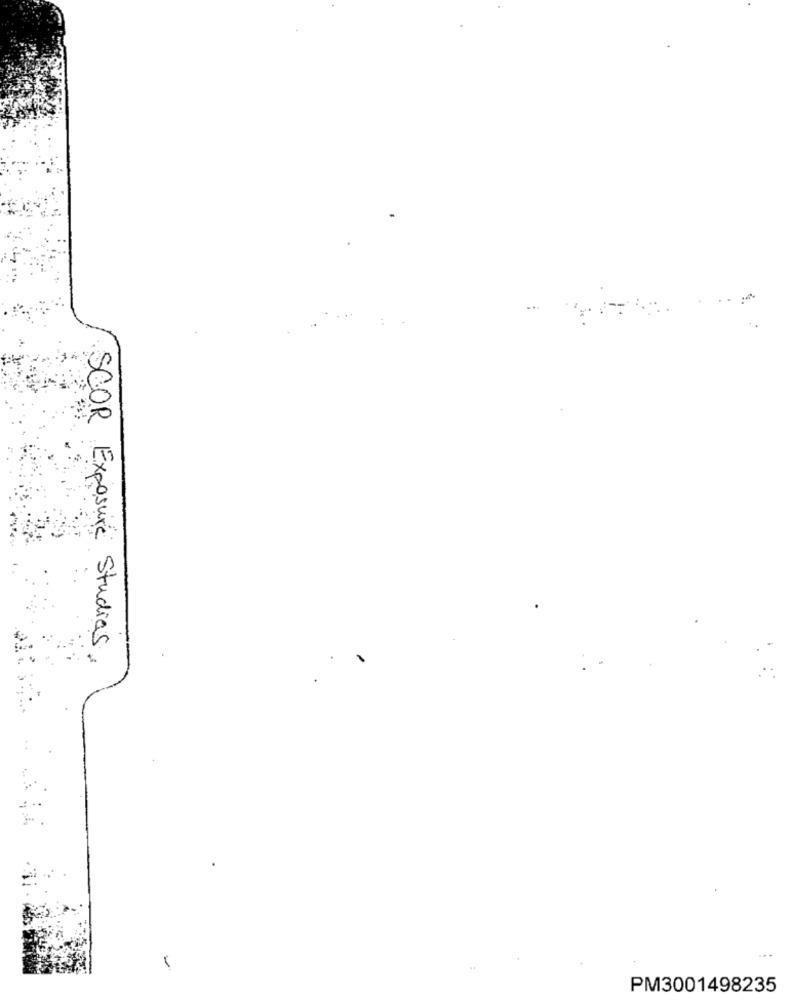
SCOR Exposure Studies
PM3001498235